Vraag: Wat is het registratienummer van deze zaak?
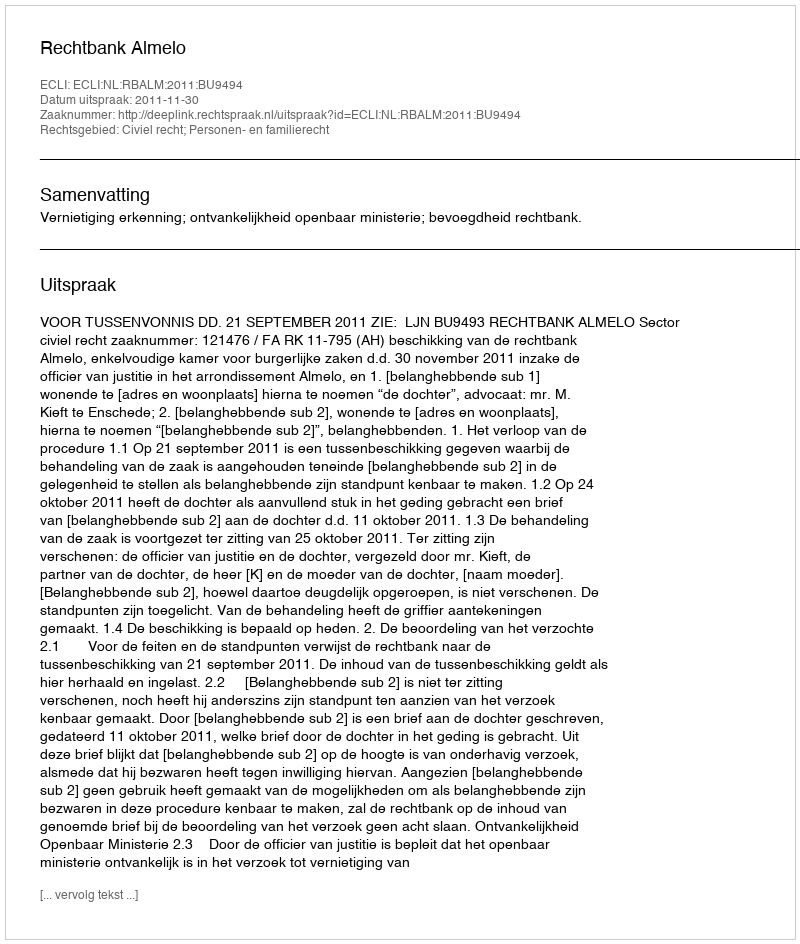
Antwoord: http://deeplink.rechtspraak.nl/uitspraak?id=ECLI:NL:RBALM:2011:BU9494